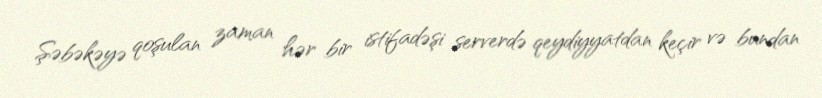
Şəbəkəyə qoşulan zaman hər bir istifadəşi serverdə qeydiyyatdan keçir və bundan